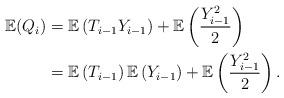
LaTeX: \begin{align*} \mathbb{E}(Q_i) &= \mathbb{E}\left(T_{i-1}Y_{i-1}\right)+\mathbb{E}\left(\frac{Y_{i-1}^2}{2}\right)\\ &= \mathbb{E}\left(T_{i-1}\right)\mathbb{E}\left(Y_{i-1}\right)+\mathbb{E}\left(\frac{Y_{i-1}^2}{2}\right). \end{align*}